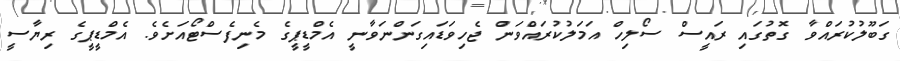
ގަބޫލުކުރައްވާ ގޮތުގައި ރައީސް ސޯލިހް އަމަލުކުރައްވަން ޖެހިވަޑައިގަންނަވާނީ އެމްޑީޕީގެ މެނިފެސްޓޯއަށެވެ. އެމްޑީޕީގެ ރިޔާސީ